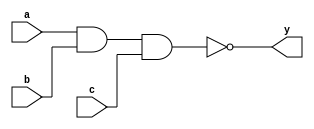
module xup_nand3 #(parameter DELAY = 3)(
    input a,
    input b,
    input c,
    output y
    );
    
    nand #DELAY (y,a,b,c);
    
endmodule